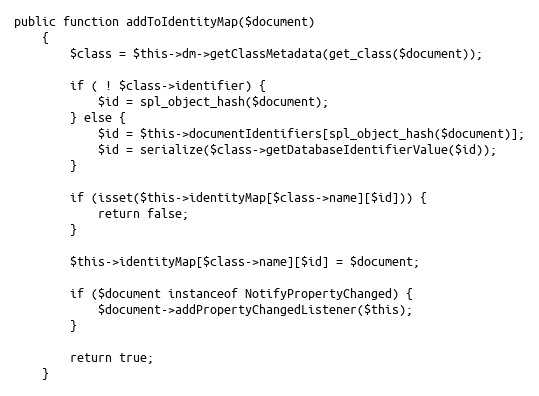
Language: PHP
public function addToIdentityMap($document)
    {
        $class = $this->dm->getClassMetadata(get_class($document));

        if ( ! $class->identifier) {
            $id = spl_object_hash($document);
        } else {
            $id = $this->documentIdentifiers[spl_object_hash($document)];
            $id = serialize($class->getDatabaseIdentifierValue($id));
        }

        if (isset($this->identityMap[$class->name][$id])) {
            return false;
        }

        $this->identityMap[$class->name][$id] = $document;

        if ($document instanceof NotifyPropertyChanged) {
            $document->addPropertyChangedListener($this);
        }

        return true;
    }